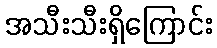
အသီးသီးရှိကြောင်း